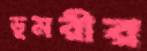
ডুমরীর